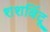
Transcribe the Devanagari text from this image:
शशबिंदू